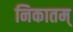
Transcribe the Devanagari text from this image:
निकातम्